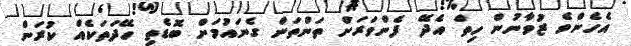
އެހެންވެ ޒުވާނުން ހިތް އެދޭ ފެންވަރަށް ތަންތަން ގެނައުމަށް ބޮޑެތި ހޭދަތަކެއް ކުރަން